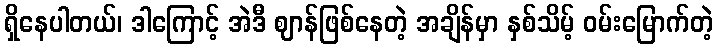
ရှိနေပါတယ်၊ ဒါကြောင့် အဲဒီ ဈာန်ဖြစ်နေတဲ့ အချိန်မှာ နှစ်သိမ့် ဝမ်းမြောက်တဲ့